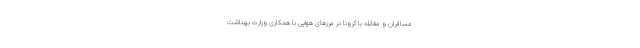
مسافران و مقابله با کرونا در مرزهای هوایی با همکاری وزارت بهداشت